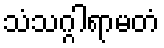
သံသဂ္ဂါရာမတံ